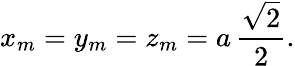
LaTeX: x_{m}=y_{m}=z_{m}=a\, {\frac{\sqrt{2}}{2}}.